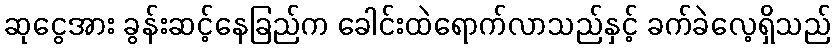
ဆုငွေအား ခွန်းဆင့်နေခြည်က ခေါင်းထဲရောက်လာသည်နှင့် ခက်ခဲလေ့ရှိသည်